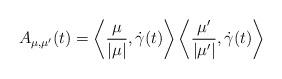
LaTeX: \begin{align*}A_{\mu,\mu'}(t) = \left\langle \frac{\mu}{|\mu|}, \dot \gamma(t)\right\rangle \left\langle \frac{\mu'}{|\mu'|}, \dot \gamma(t)\right\rangle\end{align*}